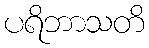
ပရိဘာသတိ